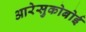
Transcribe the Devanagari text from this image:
आरेसुकोबोई